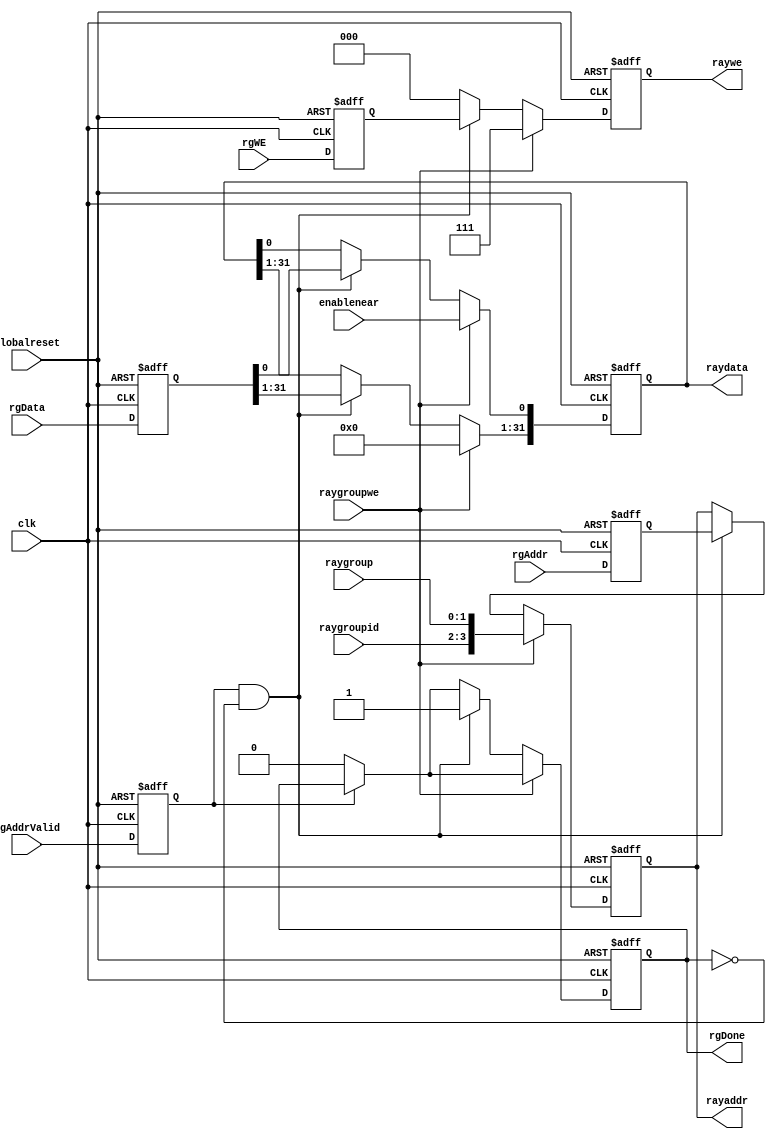
module rayinterface (raygroup, raygroupwe, raygroupid, enablenear, rgData, rgAddr, rgWE, rgAddrValid, rgDone, raydata, rayaddr, raywe, globalreset, clk);
    input[1:0] raygroup; 
    input raygroupwe; 
    input[1:0] raygroupid; 
    input enablenear; 
    input[31:0] rgData; 
    input[3:0] rgAddr; 
    input[2:0] rgWE; 
    input rgAddrValid; 
    output rgDone; 
    reg rgDone;
    output[31:0] raydata; 
    reg[31:0] raydata;
    output[3:0] rayaddr; 
    reg[3:0] rayaddr;
    output[2:0] raywe; 
    reg[2:0] raywe;
    input globalreset; 
    input clk; 
    reg[31:0] rgDatal; 
    reg[3:0] rgAddrl; 
    reg[2:0] rgWEl; 
    reg rgAddrValidl; 
    always @(posedge clk or posedge globalreset)
    begin
       if (globalreset == 1'b1)
       begin
          raydata <= 0;
          rayaddr <= 0;
          raywe <= 0;
          rgDone <= 1'b0 ; 
          rgDatal <= 0;
          rgAddrl <= 0;
          rgWEl <= 0;
          rgAddrValidl <= 1'b0 ; 
       end
       else
       begin
          rgDatal <= rgData ; 
          rgAddrl <= rgAddr ; 
          rgWEl <= rgWE ; 
          rgAddrValidl <= rgAddrValid ; 
          if (rgAddrValidl == 1'b0)
          begin
             rgDone <= 1'b0 ; 
          end 
          if (raygroupwe == 1'b1)
          begin
             raydata[0] <= enablenear ; 
             raydata[31:1] <= 0;
             raywe <= 3'b111 ; 
             rayaddr <= {raygroupid, raygroup} ; 
          end
          else if (rgAddrValidl == 1'b1 & rgDone == 1'b0)
          begin
             raydata <= rgDatal ; 
             raywe <= rgWEl ; 
             rayaddr <= rgAddrl ; 
             rgDone <= 1'b1 ; 
          end 
		  else
		  begin
             raywe <= 0;
		  end
       end 
    end 
 endmodule